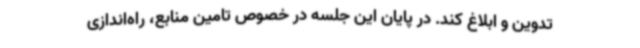
تدوین و ابلاغ کند. در پایان این جلسه در خصوص تامین منابع، راه‌اندازی